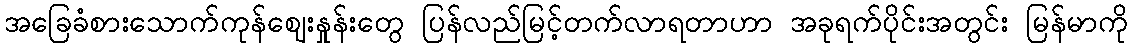
အခြေခံစားသောက်ကုန်ဈေးနှုန်းတွေ ပြန်လည်မြင့်တက်လာရတာဟာ အခုရက်ပိုင်းအတွင်း မြန်မာကို